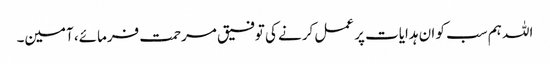
اللہ ہم سب کو ان ہدایات پر عمل کرنے کی توفیق مرحمت فرمائے، آمین۔